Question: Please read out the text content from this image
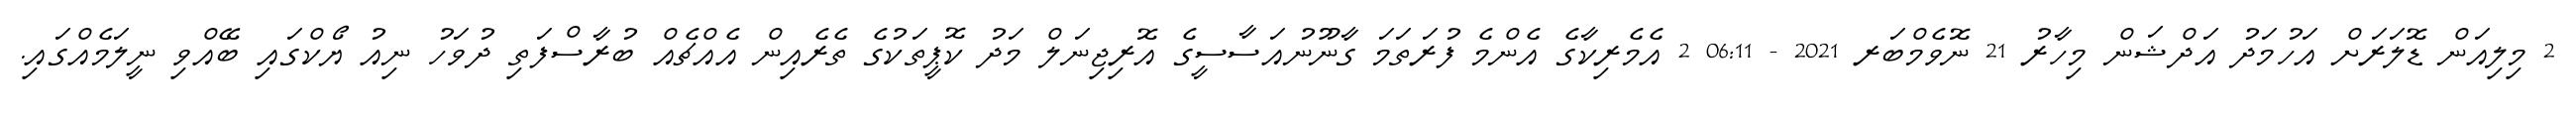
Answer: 2 މިލިއަން ޑޮލަރަށް އަހުމަދު އަދްޝަން މިހާރު 21 ނޮވެމްބަރ 2021 - 06:11 2 އެމެރިކާގެ އެންމެ ފުރަތަމަ ގާނޫނުއަސާސީގެ އޮރިޖިނަލް މަދު ކޮޕީތަކުގެ ތެރެއިން އެއްޗެއް ބުރާސްފަތި ދުވަހު ނިއު ޔޯކްގައި ބޭއްވި ނީލަމެއްގައި.